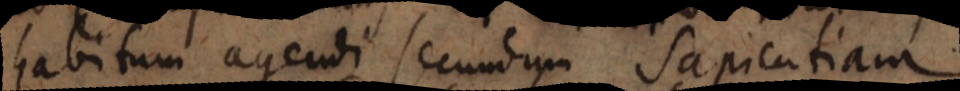
habitum agendi secundum sapientiam.